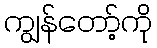
ကျွန်တော့်ကို